Report on the bubonic plague in Bombay, 1896-1897
Year: 1896
Disease focus: Plague
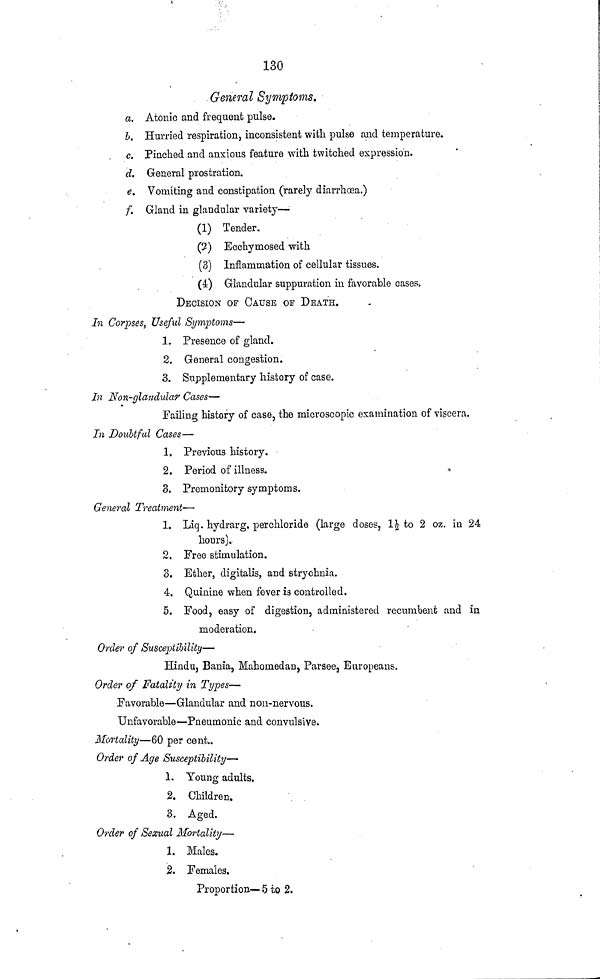
130
General Symptoms.
α. Atonic and frequent pulse.
b. Hurried respiration, inconsistent with pulse and temperature.
c. Pinched and anxious feature with twitched expression.
d. General prostration.
e. Vomiting and constipation (rarely diarrhoea.)
f. Gland in glandular variety—
(1) Tender.
(2) Ecchymosed with
(3) Inflammation of cellular tissues.
(4) Glandular suppuration in favorable cases.
DECISION OF CAUSE OF DEATH.
In Corpses, Useful Symptoms—
1. Presence of gland.
2. General congestion.
3. Supplementary history of case.
In Non-glandular Cases—
Failing history of case, the microscopic examination of viscera.
In Doubtful Cases—
1. Previous history.
2. Period of illness.
3. Premonitory symptoms.
General Treatment·—·
1. Liq. hydrarg. perchloride (large doses, 1½ to 2 oz. in 24
hours).
2. Free stimulation.
3. Ether, digitalis, and strychnia.
4. Quinine when fever is controiled.
5. Food, easy of digestion, administered recumbent and in
moderation.
Order of Susceptibility—
Hindu, Bania, Mahomedan, Parsee, Europeans.
Order of Fatality in Types—
Favorable—Glandular and non-nervous.
Unfavorable—Pneumonic and convulsive.
Mortality—60 per cent.
Order of Age Susceptibility—
1. Young adults.
2. Children.
3. Aged.
Order of Sexual Mortality—
1. Males.
2. Females.
Proportion—5 to 2.